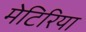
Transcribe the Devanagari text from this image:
मेटिरिया